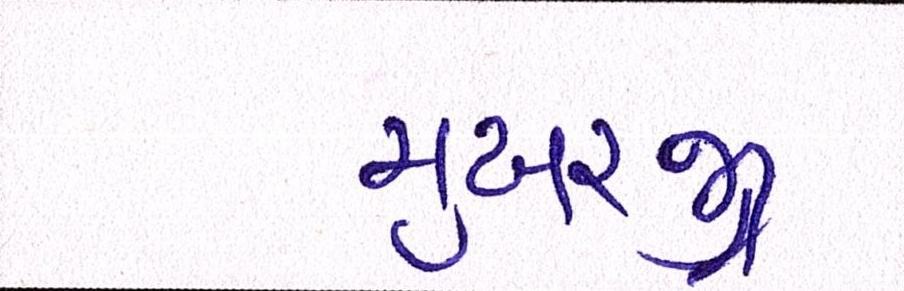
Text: મુખરજી